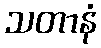
သတာနံ